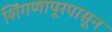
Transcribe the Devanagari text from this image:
शिंगणापूरपासून